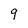
Character: 9